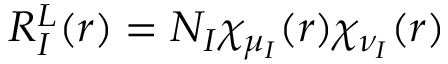
R _ { I } ^ { L } ( r ) = N _ { I } \chi _ { \mu _ { I } } ( r ) \chi _ { \nu _ { I } } ( r )